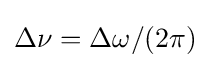
\Delta \nu =\Delta \omega /(2\pi )